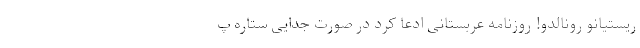
ریستیانو رونالدو! روزنامه عربستانی ادعا کرد در صورت جدایی ستاره پ